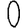
Digit: 0